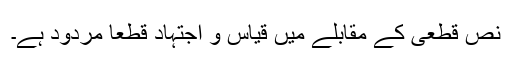
نص قطعی کے مقابلے میں قیاس و اجتہاد قطعًا مردود ہے۔